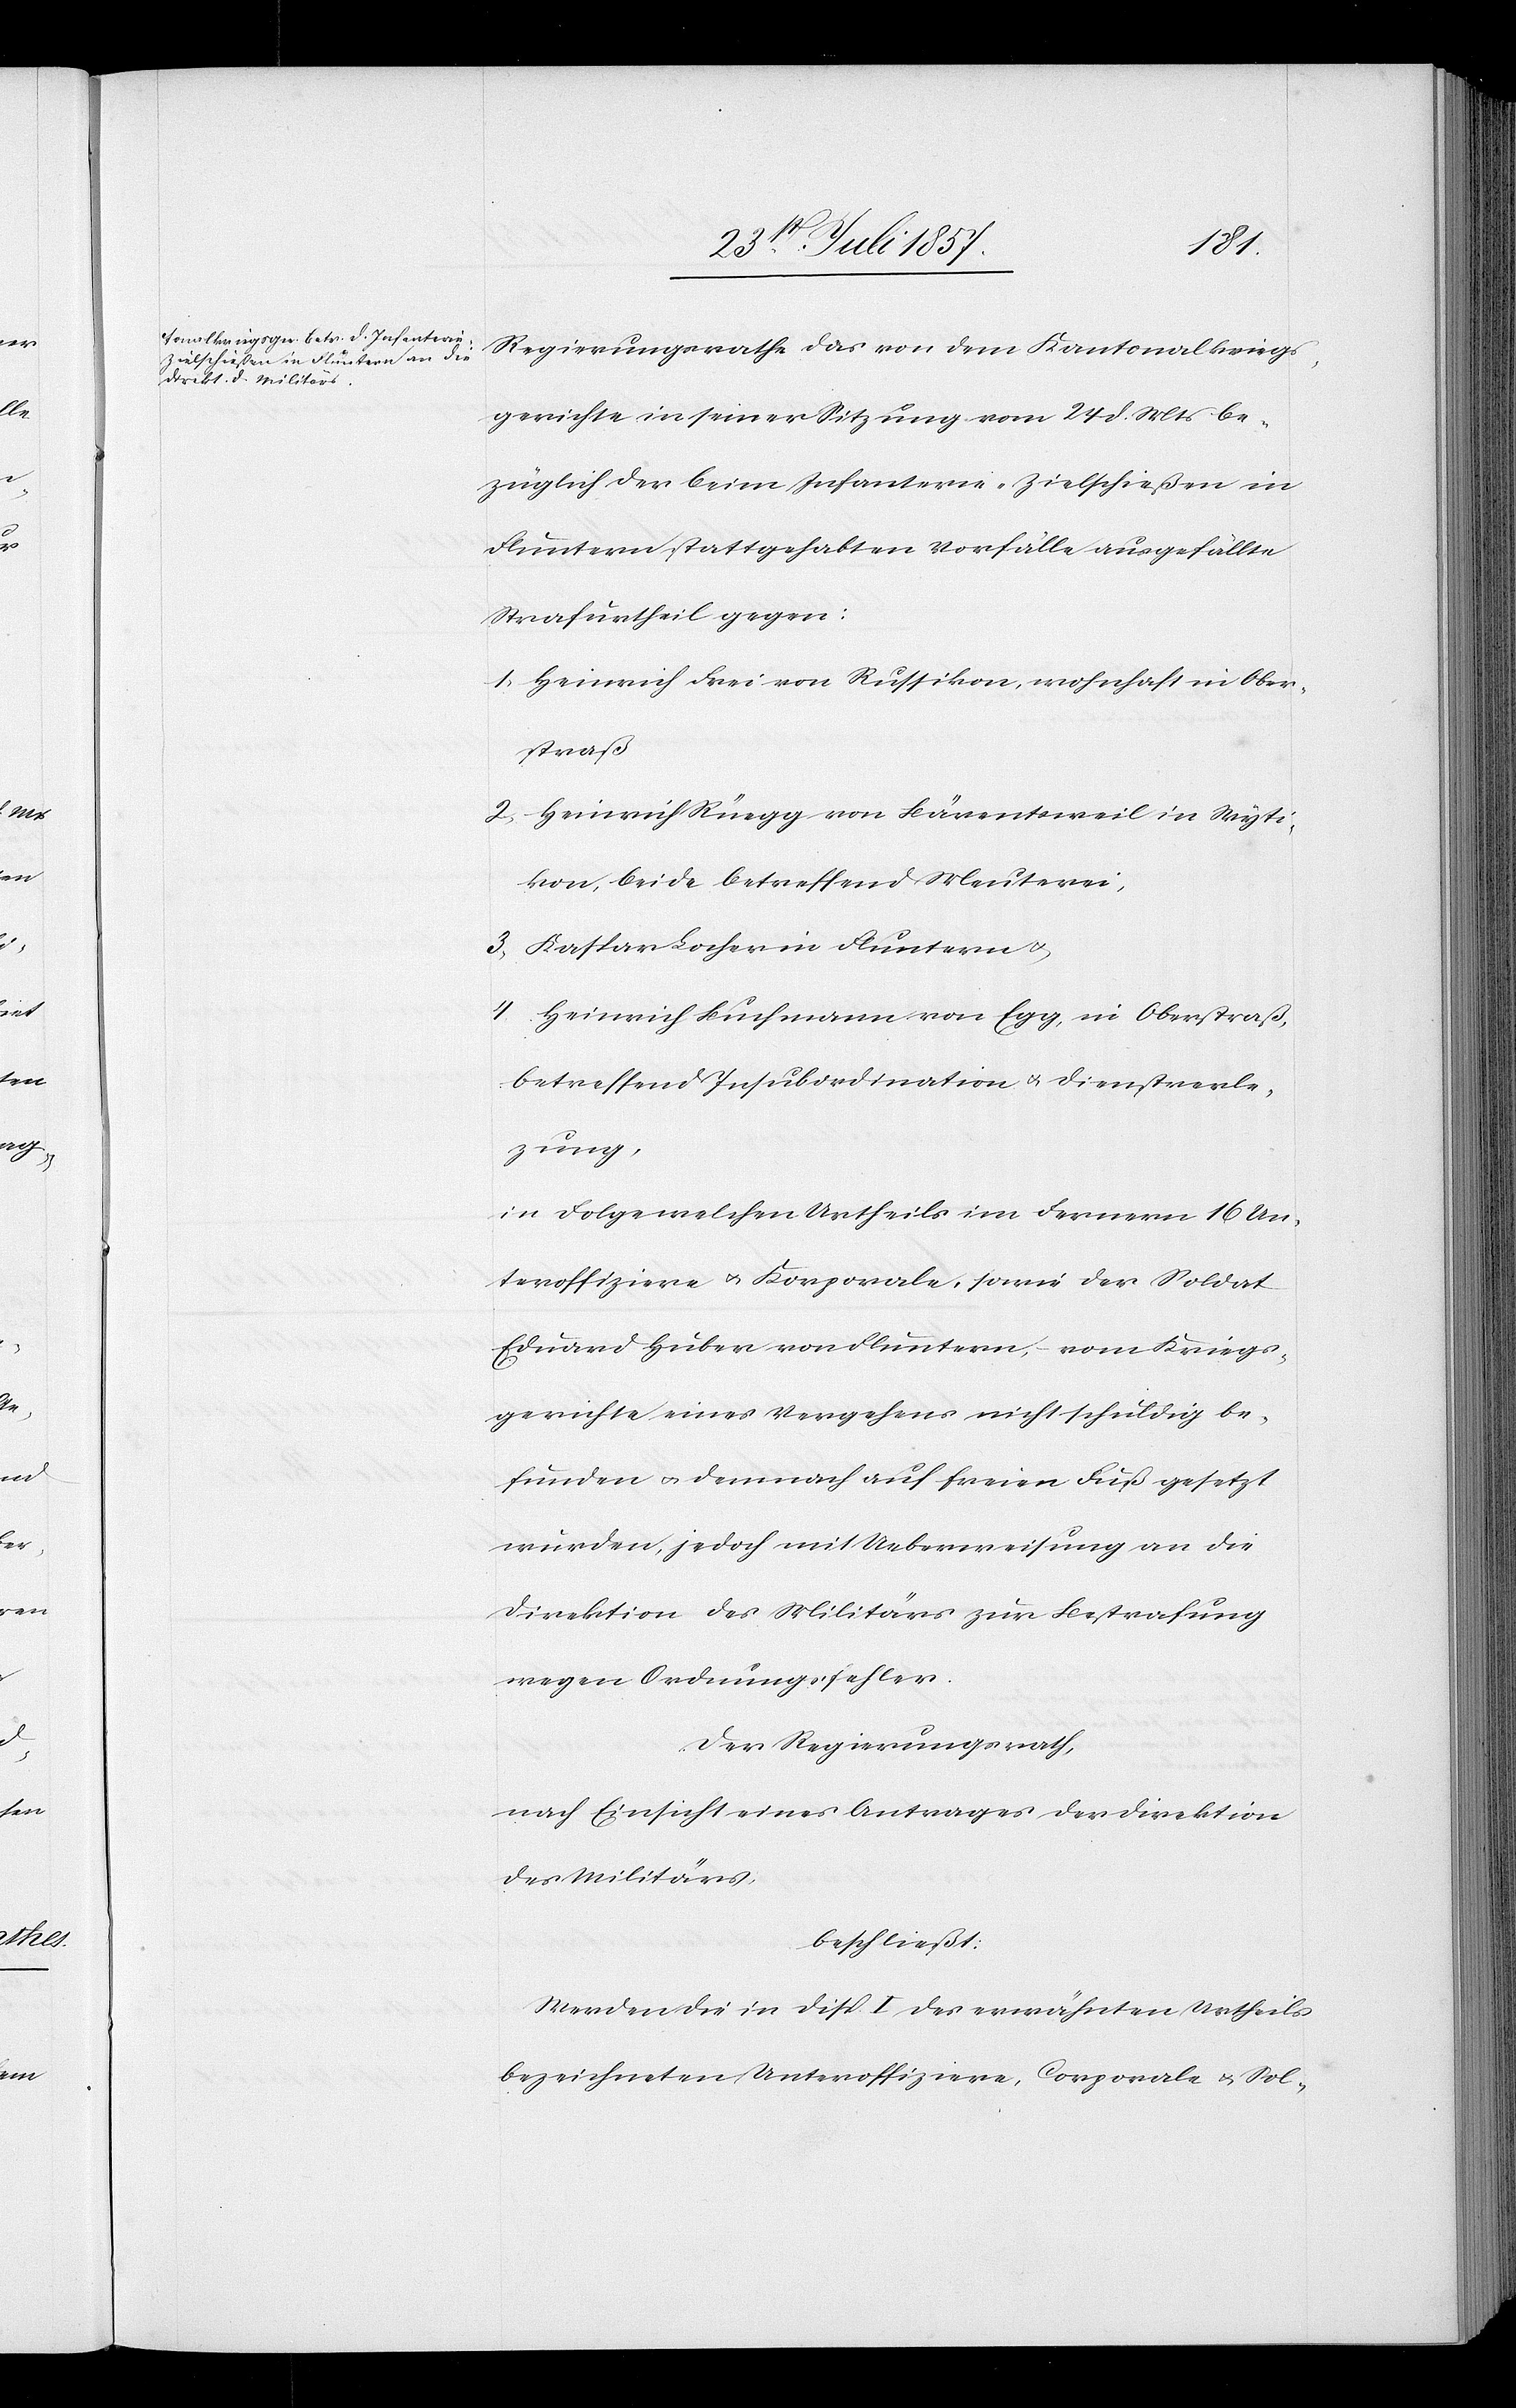
Regierungsrathe das von dem Kantonalkriegs¬
gerichte in seiner Sitzung vom 24 d. Mts. be¬
züglich der beim Infanterie-Zielschießen in
Fluntern stattgehabten Vorfälle ausgefällte
Strafurtheil gegen:
1. Heinrich Frei von Russikon, wohnhaft in Ober¬
straß
2. Heinrich Rüegg von Bärentsweil in Wyti¬
kon, beide betreffend Meuterei,
3. Kaspar Locher in Fluntern &
4. Heinrich Buchmann von Egg, in Oberstraß,
betreffend Insubordination & Dienstverle¬
zung
in Folge welchen Urtheils im Fernern 16 Un¬
teroffiziere & Korporale, sowie der Soldat
Eduard Huber von Fluntern, vom Kriegs¬
gerichte eines Vergehens nicht schuld be¬
funden & demnach auf freien Fuß gesetzt
wurden, jedoch mit Ueberweisung an die
Direktion des Militärs zur Bestrafung
wegen Ordnungsfehler.
Der Regierungsrath,
nach Einsicht eines Antrages der Direktion
des Militärs,
beschließt:
Werden die in Disp. I des erwähnten Urtheils
bezeichneten Unteroffiziere, Corporale & Sol-